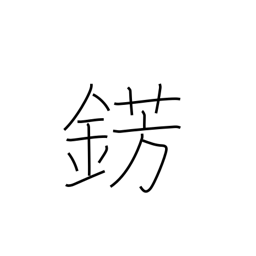
Meaning: metal jewelry